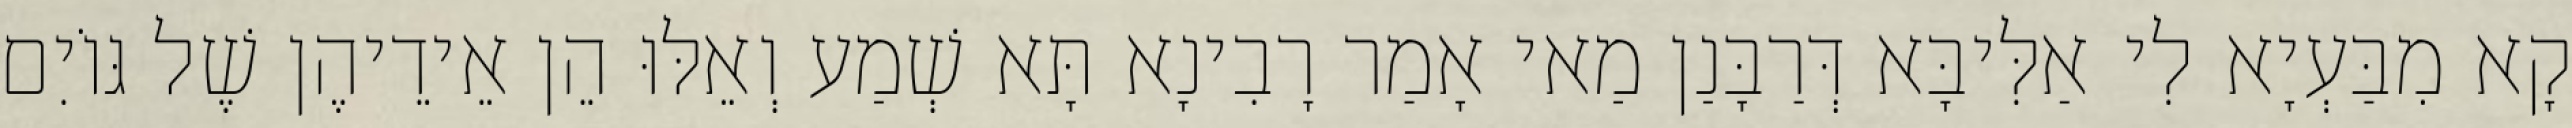
קָא מִבַּעְיָא לִי אַלִּיבָּא דְּרַבָּנַן מַאי אָמַר רָבִינָא תָּא שְׁמַע וְאֵלּוּ הֵן אֵידֵיהֶן שֶׁל גּוֹיִם